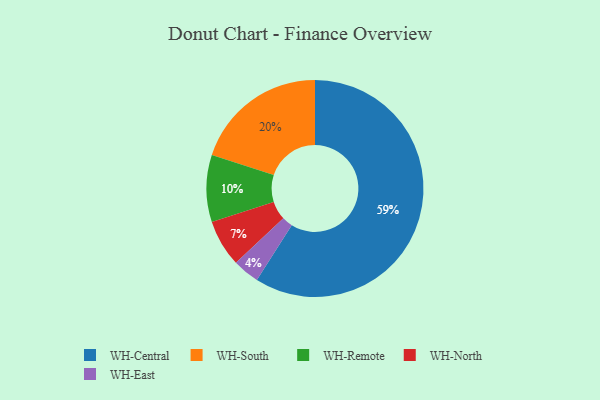
{"axis": {"x": "Category", "y": "Percentage"}, "legend": ["WH-Central", "WH-East", "WH-North", "WH-Remote", "WH-South"], "data": [{"x": "WH-South", "y": 20, "type": "WH-South"}, {"x": "WH-Central", "y": 59, "type": "WH-Central"}, {"x": "WH-East", "y": 4, "type": "WH-East"}, {"x": "WH-Remote", "y": 10, "type": "WH-Remote"}, {"x": "WH-North", "y": 7, "type": "WH-North"}]}